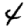
Digit: 4